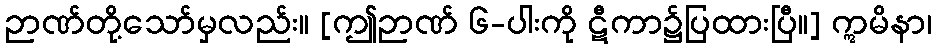
ဉာဏ်တို့သော်မှလည်း။ [ဤဉာဏ် ၆-ပါးကို ဋီကာ၌ပြထားပြီ။] ဣမိနာ၊